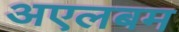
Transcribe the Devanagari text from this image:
अएलबम